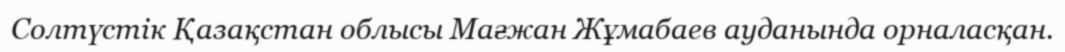
Солтүстік Қазақстан облысы Мағжан Жұмабаев ауданында орналасқан.